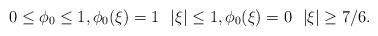
LaTeX: \begin{align*}0 \leq \phi_0 \leq 1,\phi_0(\xi) = 1\ {}\ |\xi| \leq1,\phi_0(\xi) = 0\ {}\ |\xi| \geq 7/6.\end{align*}